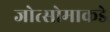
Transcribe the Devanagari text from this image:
जोत्सोमाकडे